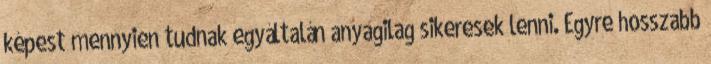
képest mennyien tudnak egyáltalán anyagilag sikeresek lenni. Egyre hosszabb